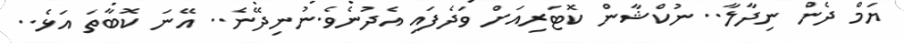
ޔަމް ދެން ނިދާލާ.. ނުކްޝާން ކޮޓަރިއަށް ވަދެފައި އެދުނެވެ.ނުނިދޭނެ.. އޭނަ ކޮބާތަ އަޅެ..